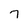
Character: 7